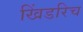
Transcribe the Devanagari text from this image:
खिंडरिच